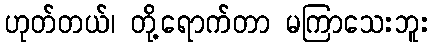
ဟုတ်တယ်၊ တို့ရောက်တာ မကြာသေးဘူး